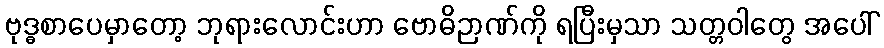
ဗုဒ္ဓစာပေမှာတော့ ဘုရားလောင်းဟာ ဗောဓိဉာဏ်ကို ရပြီးမှသာ သတ္တဝါတွေ အပေါ်